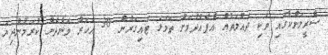
ސްރީލަންކާގައި ވަކި ދައުލަތެއް އުފެއްދުމަށް ތަމަޅަ ޓައިގަރުން 30 އަހަރު ވަންދެން ކުރަމުންދިޔަ